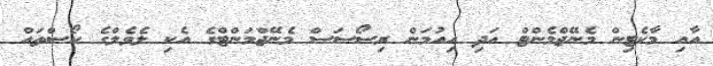
އާއި މާކެޓިން މެނޭޖްމެންޓް އަދި ހިއުމަން ރިސޯސަސް މެނޭޖްމަންޓްގެ އެކި ލެވެލްގެ ކޯސްތައް